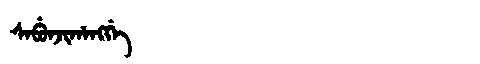
Manchu: ᠰᠠᠪᡠᠨᠵᡳᡥᠠᠩᡤᡝ
Romanization: SABUNJIHANGGE